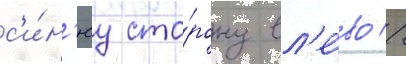
с'и́н'юу сто́рону вл'е́во //